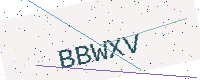
Text: BBWXV